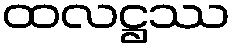
ထလဋ္ဌဿ